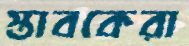
স্তাবকেরা